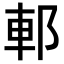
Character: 𨛩